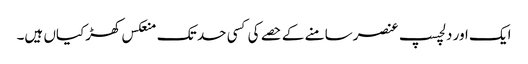
ایک اور دلچسپ عنصرسامنے کے حصے کی کسی حد تک منعکس کھڑکیاں ہیں۔